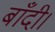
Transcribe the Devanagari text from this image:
बाँदी।